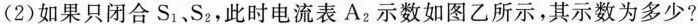
(2)如果只闭合S_{1}、S_{2}，此时电流表A_{2}示数如图乙所示，其示数为多少?